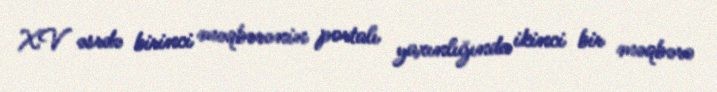
XV əsrdə birinci məqbərənin portalı yaxınlığında ikinci bir məqbərə